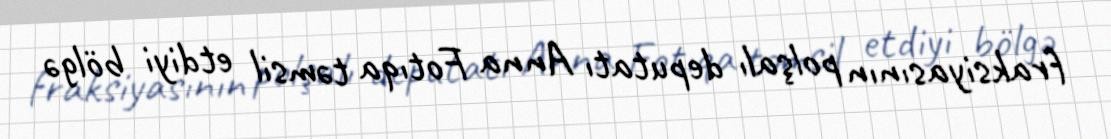
fraksiyasının polşalı deputatı Anna Fotıqa təmsil etdiyi bölgə